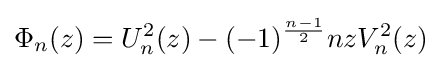
\Phi _{n}(z)=U_{n}^{2}(z)-(-1)^{\frac {n-1}{2}}nzV_{n}^{2}(z)